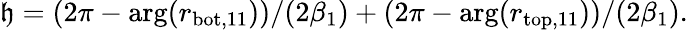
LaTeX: \mathfrak{h}=(2\pi-\arg(r_{\mathrm{{bot,11}}}))/(2\beta_{1})+(2\pi-\arg(r_{\mathrm{{top,11}}}))/(2\beta_{1}).